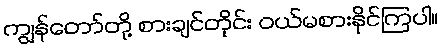
ကျွန်တော်တို့ စားချင်တိုင်း ဝယ်မစားနိုင်ကြပါ။